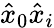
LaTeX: \hat{x}_{0}\hat{x}_{i}